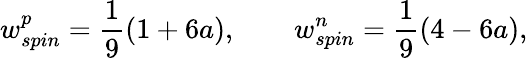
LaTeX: w_{spin}^{p}=\frac{1}{9}(1+6a),\qquad w_{spin}^{n}=\frac{1}{9}(4-6a),